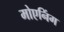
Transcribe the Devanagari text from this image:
मोएनिंग